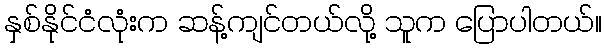
နှစ်နိုင်ငံလုံးက ဆန့်ကျင်တယ်လို့ သူက ပြောပါတယ်။